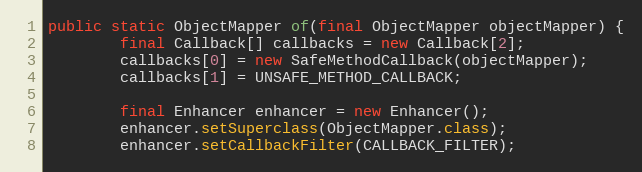
Language: Java
public static ObjectMapper of(final ObjectMapper objectMapper) {
        final Callback[] callbacks = new Callback[2];
        callbacks[0] = new SafeMethodCallback(objectMapper);
        callbacks[1] = UNSAFE_METHOD_CALLBACK;

        final Enhancer enhancer = new Enhancer();
        enhancer.setSuperclass(ObjectMapper.class);
        enhancer.setCallbackFilter(CALLBACK_FILTER);